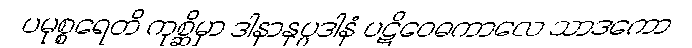
ပမုစ္စရေတိ ကုစ္ဆိမှာ ဒါနာနုပ္ပဒါနံ ပဋိဝေဓကာလေ သာဒကော